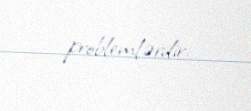
problemlərdir.